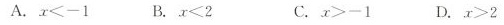
A.$$x < - 1$$ B.$$x < 2$$ C.$$x > - 1$$ D.$$x > 2$$